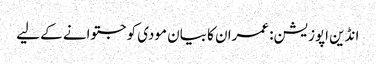
انڈین اپوزیشن: عمران کا بیان مودی کو جتوانے کے لیے